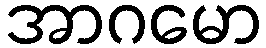
အာဂမော